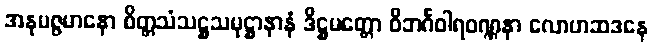
အနုမဇ္ဇမာနော စိတ္တသံသဋ္ဌသမုဋ္ဌာနာနံ ဒိဋ္ဌမတ္တော ဝိဘင်္ဂဝါရဝဏ္ဏနာ လောဟဆဒနေ